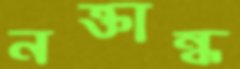
নক্তান্ধ